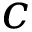
c